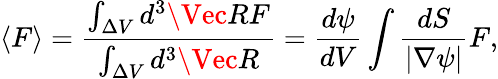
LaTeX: \langle F\rangle=\frac{\int_{\Delta V}d^{3}\Vec{R}F}{\int_{\Delta V}d^{3}\Vec{R}}=\frac{d\psi}{dV}\int\frac{dS}{|\nabla\psi|}F,